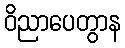
ဝိညာပေတွာန